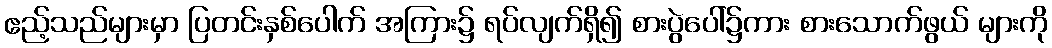
ဧည့်သည်များမှာ ပြတင်းနှစ်ပေါက် အကြား၌ ရပ်လျက်ရှိ၍ စားပွဲပေါ်၌ကား စားသောက်ဖွယ် များကို